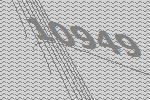
10949